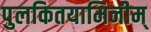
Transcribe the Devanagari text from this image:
पुलकितयामिनीम्